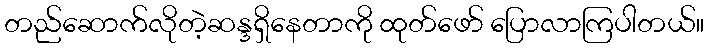
တည်ဆောက်လိုတဲ့ဆန္ဒရှိနေတာကို ထုတ်ဖော် ပြောလာကြပါတယ်။